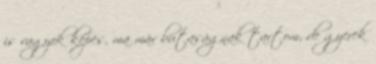
is vagyok képes, ma már butaságnak tartom, de gyerek